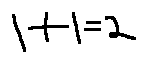
1 + 1 = 2